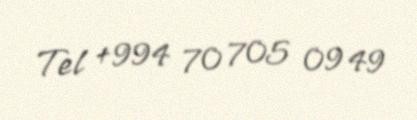
Tel +994 70 705 09 49